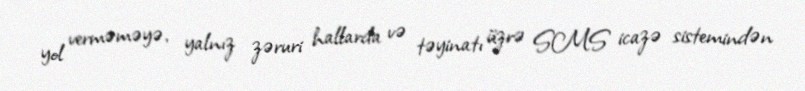
yol verməməyə, yalnız zəruri hallarda və təyinatı üzrə SMS icazə sistemindən